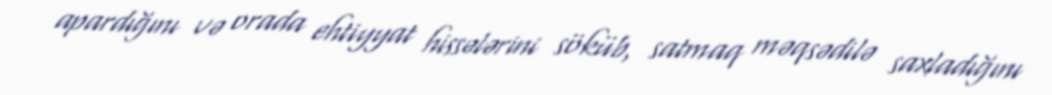
apardığını və orada ehtiyyat hissələrini söküb, satmaq məqsədilə saxladığını